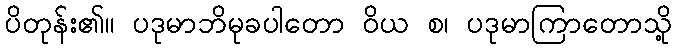
ပိတုန်း၏။ ပဒုမာဘိမုခပါတော ဝိယ စ၊ ပဒုမာကြာတောသို့